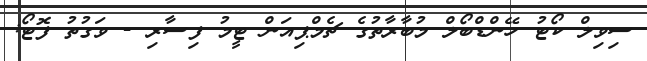
ސިވިލް ކޯޓު ހޭންޑްބޯލް މުބާރާތުގެ ޗެމްޕިއަން ޓީމު ފިސާރި - ވަގުތު ފޮޓޯ: